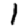
Digit: 1